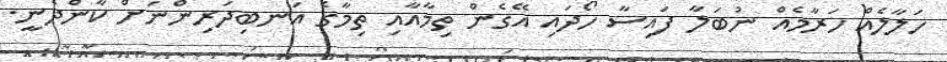
ހަލާލެއް ހަރާމެއް ނުބަލާ ފައިސާ ހޯދައި އޭގެން ތިމާއާއި ތިމާގެ އަނބިދަރިންނަށް ކާންދެނީ.